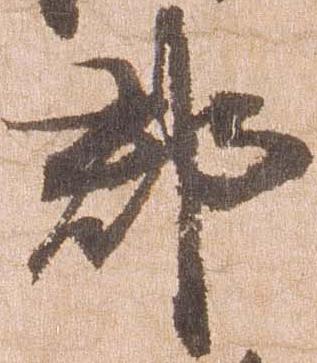
郡